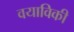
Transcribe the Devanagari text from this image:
वयाविकी